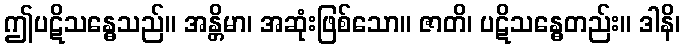
ဤပဋိသန္ဓေသည်။ အန္တိမာ၊ အဆုံးဖြစ်သော။ ဇာတိ၊ ပဋိသန္ဓေတည်း။ ဒါနိ၊